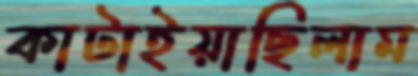
কাটাইয়াছিলাম